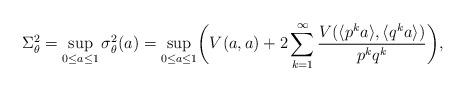
LaTeX: \begin{align*}\Sigma_{\theta}^2&=\sup_{0\le a \le 1}\sigma_{\theta}^2(a)=\sup_{0\le a \le 1}\biggl(V(a ,a)+2\sum_{k=1}^\infty\frac{V(\langle p^k a \rangle, \langle q^k a \rangle)}{p^kq^k}\biggr),\end{align*}